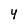
Character: 4